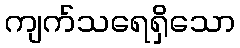
ကျက်သရေရှိသော